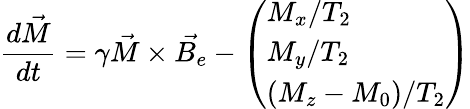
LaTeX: \frac{d\vec{M}}{dt}=\gamma\vec{M}\times\vec{B_{e}}-\left(\begin{array}{l}{M_{x}/T_{2}}\\ {M_{y}/T_{2}}\\ {(M_{z}-M_{0})/T_{2}}\end{array}\right)